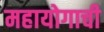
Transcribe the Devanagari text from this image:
महायोगाची